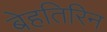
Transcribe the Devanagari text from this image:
बेहतिरिन